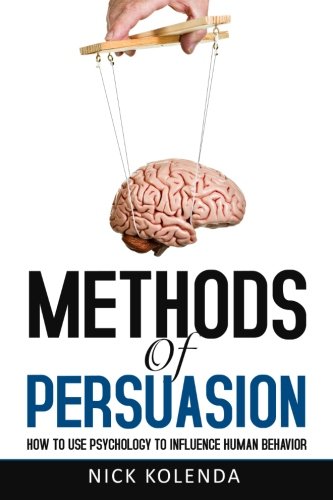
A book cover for Methods of Persuasion: How to Use Psychology to Influence Human Behavior; Nick Kolenda; Business & Money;